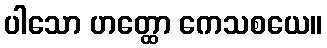
ပါသော ဟတ္ထော ကေသစယေ။